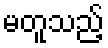
မတူသည့်